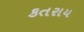
કતરાય